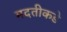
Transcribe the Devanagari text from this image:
मदतीकडे